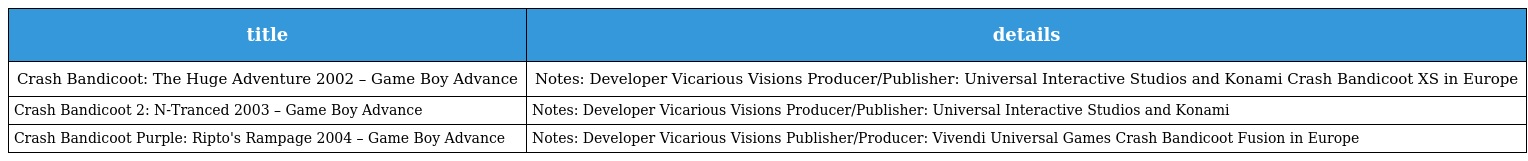
| title | details |
 | --- | --- |
 | Crash Bandicoot: The Huge Adventure 2002 – Game Boy Advance | Notes: Developer Vicarious Visions Producer/Publisher: Universal Interactive Studios and Konami Crash Bandicoot XS in Europe |
 | Crash Bandicoot 2: N-Tranced 2003 – Game Boy Advance | Notes: Developer Vicarious Visions Producer/Publisher: Universal Interactive Studios and Konami |
 | Crash Bandicoot Purple: Ripto's Rampage 2004 – Game Boy Advance | Notes: Developer Vicarious Visions Publisher/Producer: Vivendi Universal Games Crash Bandicoot Fusion in Europe |